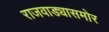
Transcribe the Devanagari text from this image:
राजवाड्यासमोर